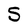
Character: S